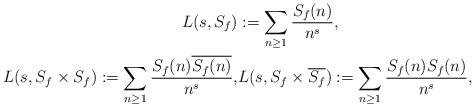
LaTeX: \begin{align*} L(s, S_f) &:= \sum_{n \geq 1} \frac{S_f(n)}{n^s}, \\ L(s, S_f\times S_f) := \sum_{n \geq 1} \frac{S_f(n)\overline{S_f(n)}}{n^s}, &L(s, S_f\times \overline{S_f}) := \sum_{n \geq 1} \frac{S_f(n) S_f(n) }{n^s},\end{align*}